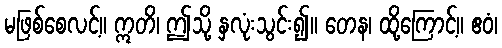
မဖြစ်စေလင့်။ ဣတိ၊ ဤသို့ နှလုံးသွင်း၍။ တေန၊ ထို့ကြောင့်။ ဧဝံ၊